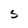
Character: S